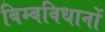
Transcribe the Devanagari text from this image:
बिम्बविधानों